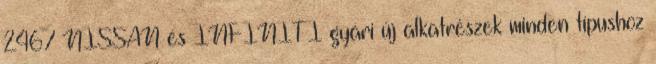
2467 NISSAN és INFINITI gyári új alkatrészek minden típushoz